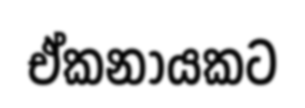
ඒකනායකට